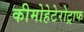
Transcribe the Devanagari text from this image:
कीमोहेटेरोट्राफ